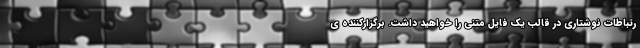
رتباطات نوشتاری در قالب یک فایل متنی را خواهید داشت. برگزارکننده ی